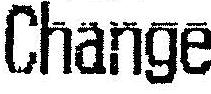
CHANGE